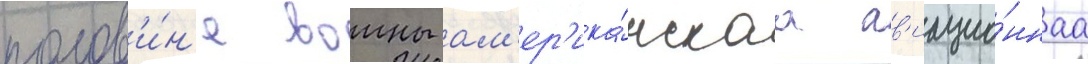
полов'и́н'е воины ам'ер'ика́нскаа ав'иацио́ннаа